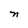
Character: n